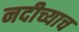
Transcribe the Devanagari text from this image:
नदीच्याच